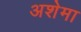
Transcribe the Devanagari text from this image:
अशेमा